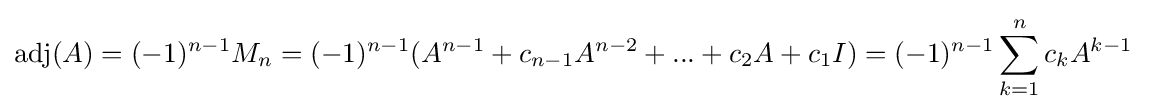
\operatorname {adj} (A)=(-1)^{n-1}M_{n}=(-1)^{n-1}(A^{n-1}+c_{n-1}A^{n-2}+...+c_{2}A+c_{1}I)=(-1)^{n-1}\sum _{k=1}^{n}c_{k}A^{k-1}~